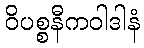
ဝိပစ္စနီကဝါဒါနံ